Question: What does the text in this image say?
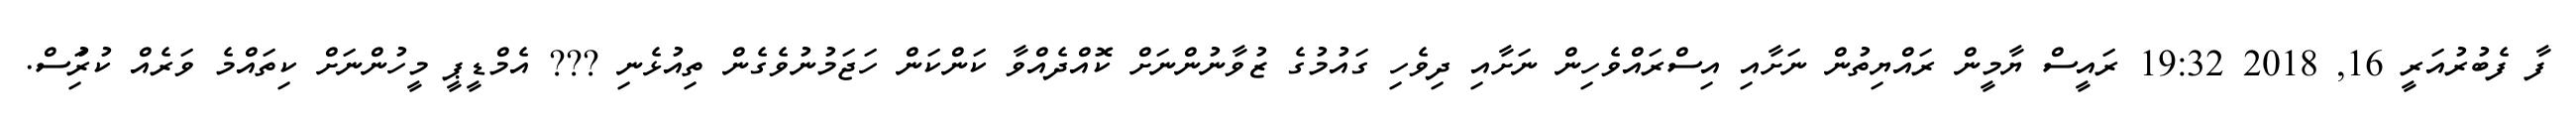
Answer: ފާ ފެބުރުއަރީ 16, 2018 19:32 ރައީސް ޔާމީން ރައްޔިތުން ނަށާއި އިސްރައްވެހިން ނަށާއި ދިވެހި ގައުމުގެ ޒުވާނުންނަށް ކޮއްދެއްވާ ކަންކަން ހަޖަމުނުވެގެން ތިއުޅެނި ??? އެމްޑީޕީ މީހުންނަށް ކިތައްމެ ވަރެއް ކުރިުަސް.